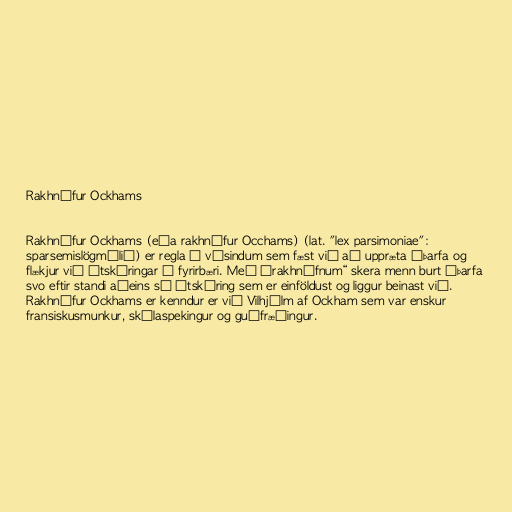
Rakhnífur Ockhams

Rakhnífur Ockhams (eða rakhnífur Occhams) (lat. "lex parsimoniae":
sparsemislögmálið) er regla í vísindum sem fæst við að uppræta óþarfa og
flækjur við útskýringar á fyrirbæri. Með „rakhnífnum“ skera menn burt óþarfa
svo eftir standi aðeins sú útskýring sem er einföldust og liggur beinast við.
Rakhnífur Ockhams er kenndur er við Vilhjálm af Ockham sem var enskur
fransiskusmunkur, skólaspekingur og guðfræðingur.